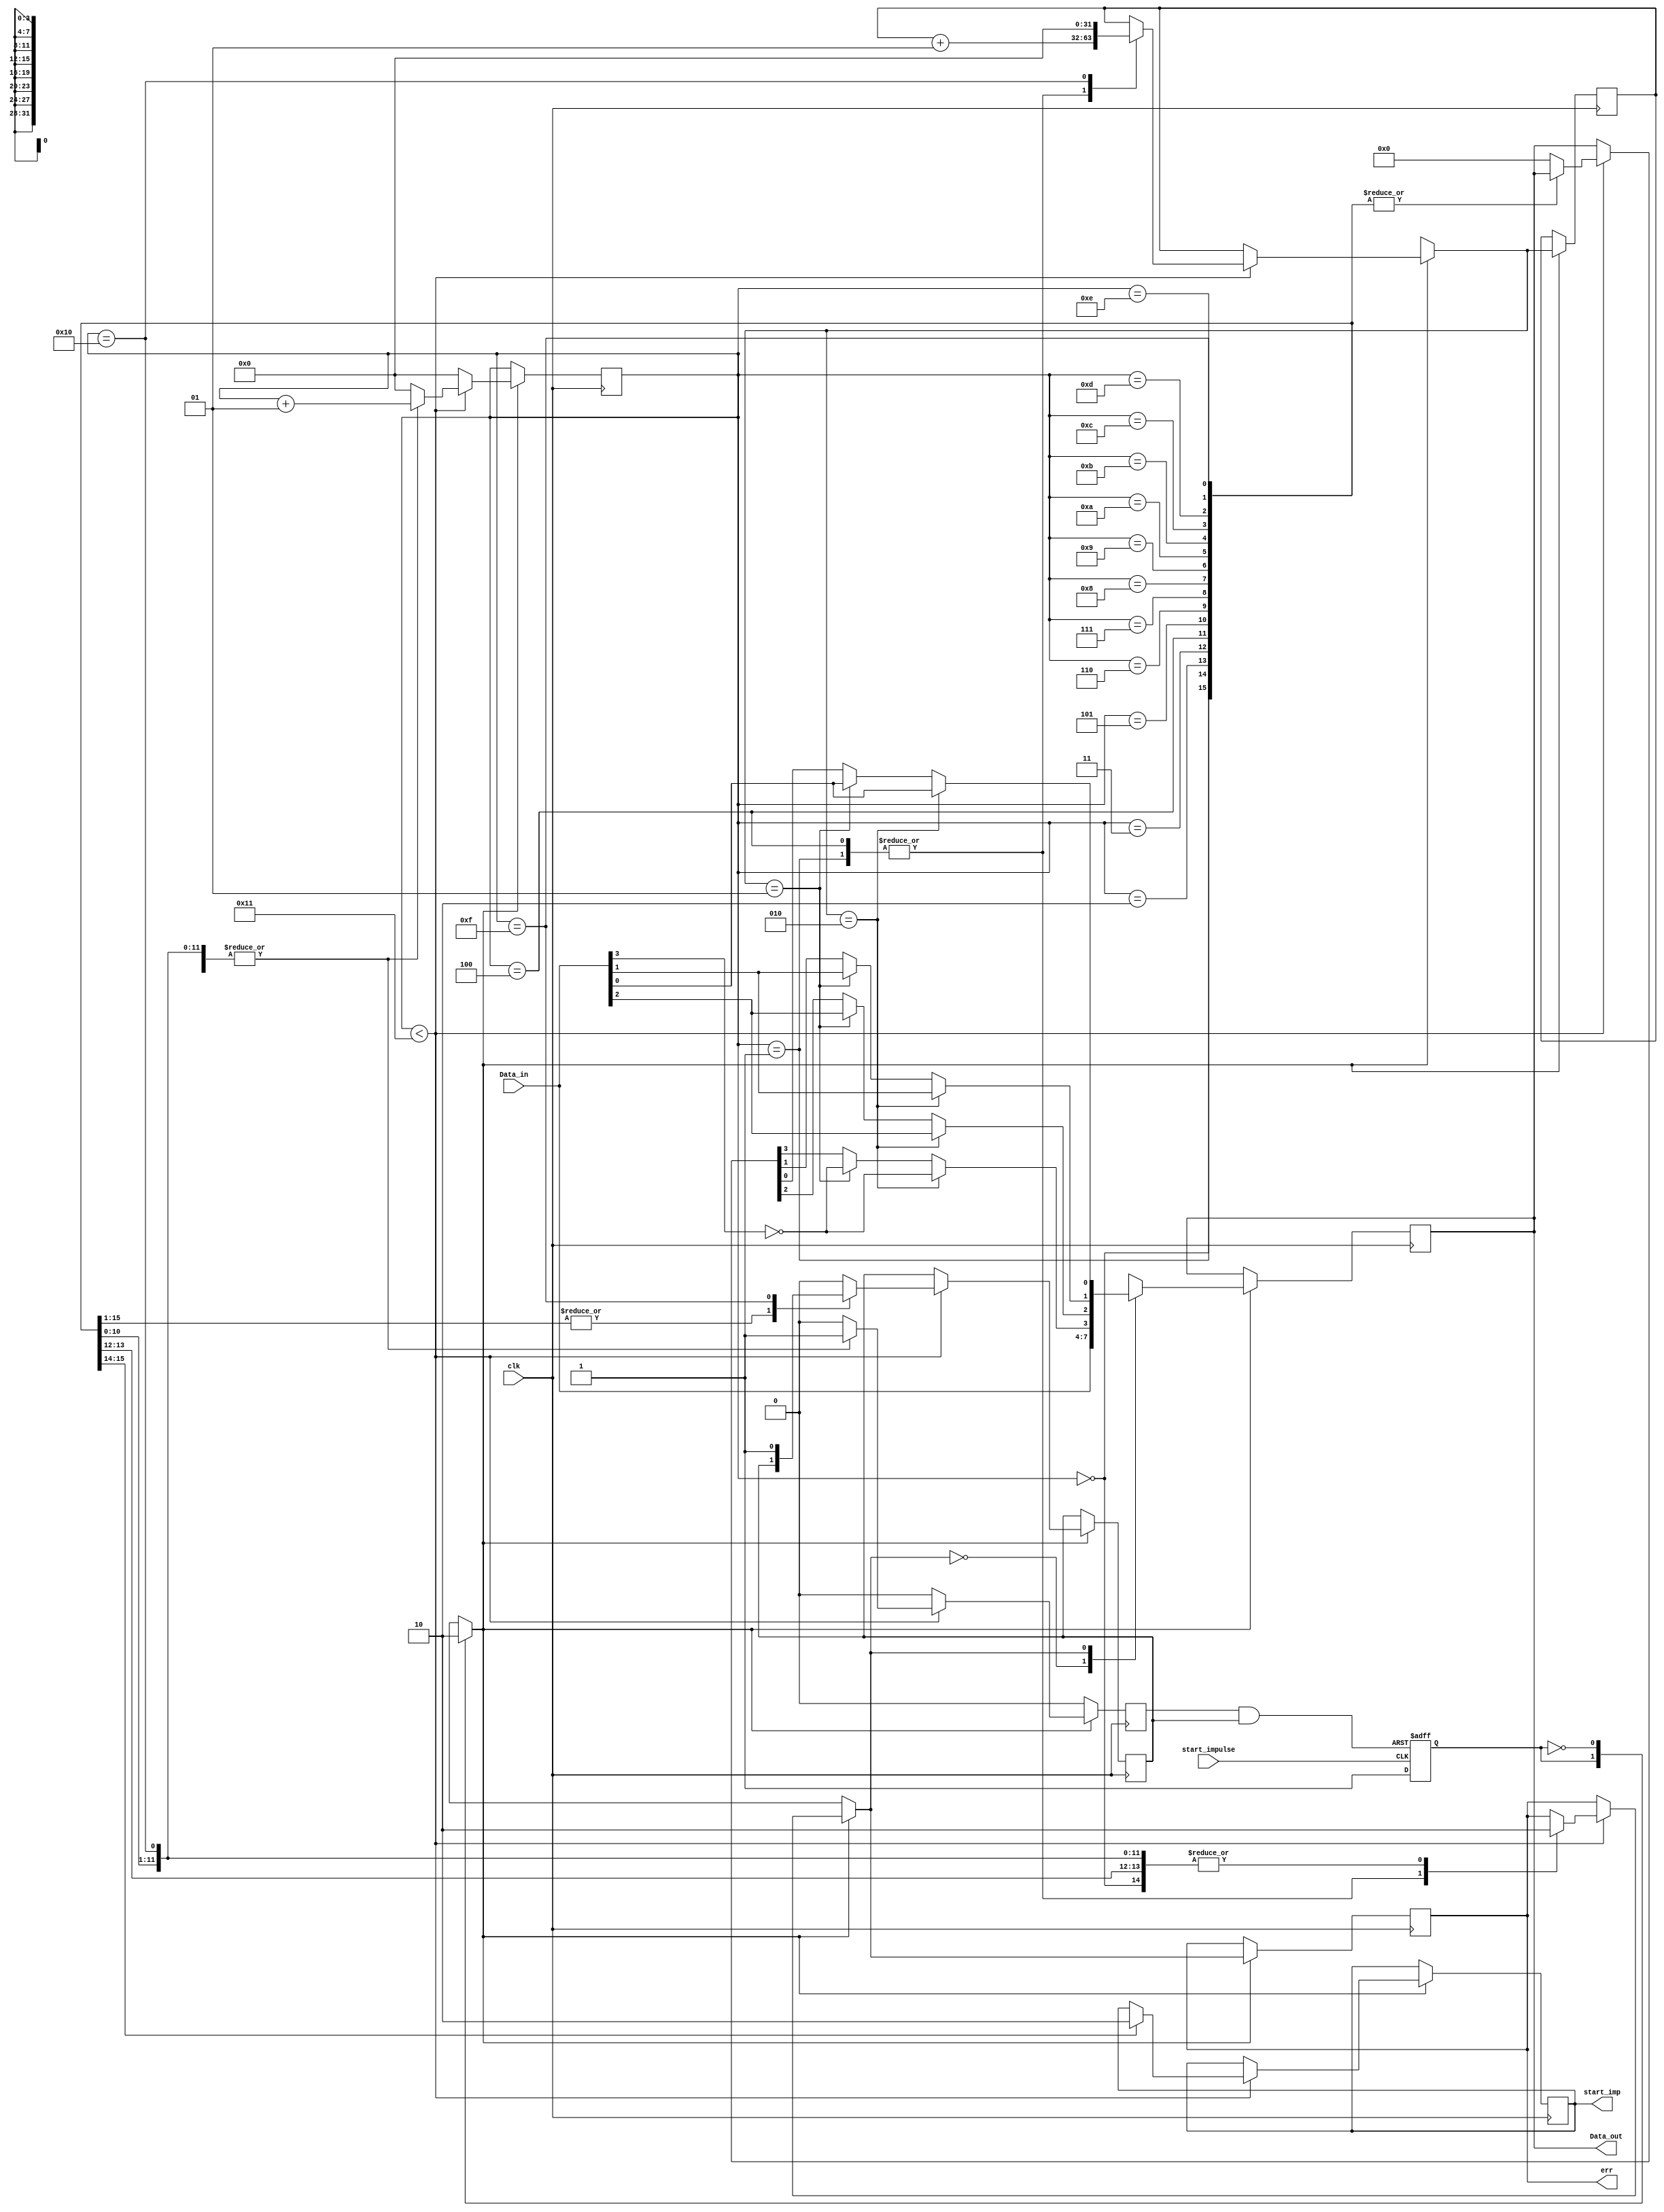
module Err_Module (start_impulse, clk, Data_in,
								Data_out,err, start_imp);
input start_impulse;
input [3:0] Data_in;
input clk;
output reg err = 1'b0;
output reg [3:0] Data_out = 4'b0000;

output reg start_imp = 1'b0;//when this signal equal 1 decoder start

//Service node
wire end_of_work;

//Service registers
reg start_work = 1'b0;
reg device_in_work = 1'b0;
reg reset_device = 1'b0;

//"i" is counter that shown how many clocks will be wasted for doing main actions of this module  
integer i = 0;

//counter for errors. It use in section where error configuration sets up (see down the code)		
integer err_cntr = 0;

always @ (posedge start_impulse or posedge end_of_work)
begin

		if (end_of_work)
		begin
		start_work = 1'b0;
		end
		else
		begin
		start_work = 1'b1;
		end

end


always @ (posedge clk)
begin
	case (start_work)
	1:
	begin
	device_in_work = 1'b1;
	end
	
	0:
	begin
	device_in_work = 1'b0;		
	end
	
	default:
	begin
	device_in_work = 1'b0;
	end
	endcase
//-------------	
	if (device_in_work==1'b1)
			begin
					if (i<17)			
					//********************************************************************
					//-------------put here main actions--------------------------------**
					//******************************************************************** 
					begin
								case(i)					//at the each step in this section the error can be added to
								0:						//information message. If "err = 1'b0" => error added, else
								begin					//data in information block is correct.
								err = 1'b0;				//configuration of error described down the code
								start_imp = 1'b1;		
								i = i + 1;
								end
								1:
								begin				
								start_imp = 1'b0;	
								err_cntr = err_cntr + 1;
								err = 1'b1;											
								i = i + 1;
								end
								2:
								begin				
								err = 1'b0;
								i = i + 1;
								end
								3:
								begin				
								err = 1'b0;
								i = i + 1;
								end
								4:
								begin				
								err_cntr = err_cntr + 1;
								err = 1'b1;
								i = i + 1;
								end
								5:
								begin
								err = 1'b0;
								i = i + 1;
								end
								6:
								begin
								err = 1'b0;				
								i = i + 1;
								end
								7:
								begin	
								err = 1'b0;			
								i = i + 1;
								end
								8:
								begin
								err = 1'b0;				
								i = i + 1;
								end
								9:
								begin
								err = 1'b0;				
								i = i + 1;
								end
								10:
								begin	
								err = 1'b0;				
								i = i + 1;
								end
								11:
								begin
								err = 1'b0;				
								i = i + 1;								
								end
								12:
								begin
								err = 1'b0;				
								i = i + 1;								
								end
								13:
								begin
								err = 1'b0;				
								i = i + 1;								
								end
								14:
								begin
								err = 1'b0;				
								i = i + 1;								
								
								end
								15:
								begin
								err = 1'b0;
								i = i + 1;
								reset_device = 1'b1;
								end
								16:
								begin
								err = 1'b0;
								err_cntr = 0;
								Data_out = 	4'b0000;				
								reset_device = 1'b0;
								i = i + 1;
								end
								default://------------put here what will doing this device by default
								begin
								Data_out = 	4'b0000;
								i = 0;
								reset_device = 1'b0;
								device_in_work = 1'b0;
								end
								endcase
					end
					else
					
					begin
					i = 0; 
					device_in_work = 1'b0;
					end
					
					//-----------------------------------------------------------------------------
					//-----------------------------------------------------------------------------
					case (err)
					1'b0:	
					begin 
					Data_out = Data_in; 
					end
					//--------------Section for error configuration---------------------------------
					1'b1: 
					begin
						if (err_cntr == 1)				//in this section error configuration sets up.
						begin							//each bit of information block is changeble by adding symbol "~"
							Data_out[0] = Data_in[0]; 	//Error configurate dependly of error counter. In this project
							Data_out[1] = Data_in[1]; 	//significant of err counter can not be more then 2 else decoder 
							Data_out[2] = Data_in[2]; 	//failing will be happen
							Data_out[3] = ~Data_in[3];
						end
						if (err_cntr == 2)
						begin
							Data_out[0] = Data_in[0]; 
							Data_out[1] = Data_in[1]; 
							Data_out[2] = Data_in[2]; 
							Data_out[3] = ~Data_in[3];					
						end
					end		
					default:
					begin 
					Data_out = Data_in;
					end
					endcase
					
				
			end
		
end	

assign end_of_work = device_in_work && reset_device;								
endmodule